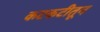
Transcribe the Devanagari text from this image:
कटकटीतून